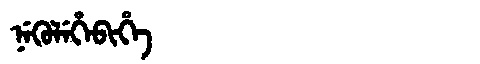
Manchu: ᠨᡝᡴᡠᠯᡝᡥᡝᠪᡳᡥᡝ
Romanization: NEKULEHEBIHE